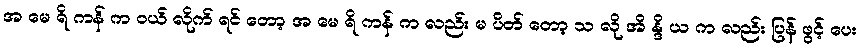
အ မေ ရိ ကန် က ဝယ် လိုက် ရင် တော့ အ မေ ရိ ကန် က လည်း မ ပိတ် တော့ သ လို အိ န္ဒိ ယ က လည်း ပြန် ဖွင့် ပေး